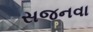
સજનવા